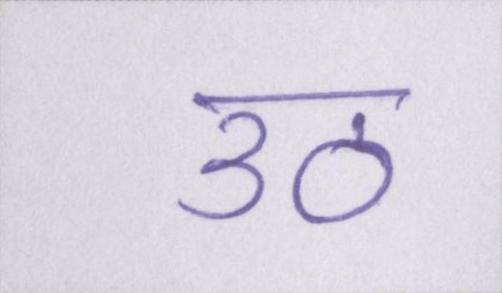
उठ